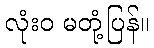
လုံးဝ မတုံ့ပြန်။